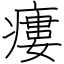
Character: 瘻